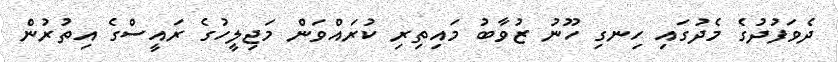
ދެވަފުދުގެ މެދުގައި ހިނގި ހޫނު ޒުވާބު މައިތިރި ކުރައްވަން މަޖިލީހުގެ ރައީސްގެ އިތުރުން